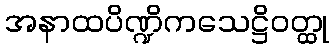
အနာထပိဏ္ဍိကသေဋ္ဌိဝတ္ထု